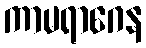
ကာမရာဂေန